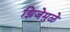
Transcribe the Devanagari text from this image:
झिजेमुळे